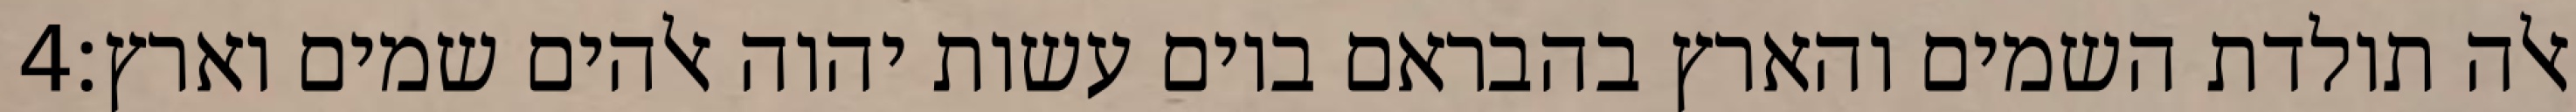
‎4‏ אלה תולדת השמים והארץ בהבראם ביום עשות יהוה אלהים שמים וארץ׃